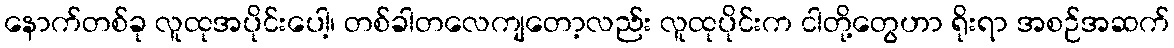
နောက်တစ်ခု လူထုအပိုင်းပေါ့၊ တစ်ခါတလေကျတော့လည်း လူထုပိုင်းက ငါတို့တွေဟာ ရိုးရာ အစဉ်အဆက်